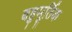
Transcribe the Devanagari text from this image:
बहुमूर्तिक